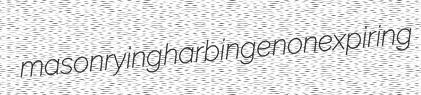
masonrying harbinge nonexpiring